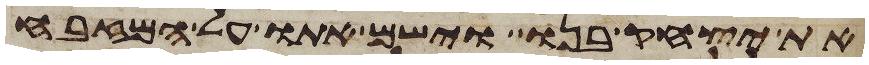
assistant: את יצחק בנו וישם אתו על המזבח